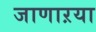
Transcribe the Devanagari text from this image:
जाणाऱया